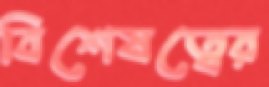
বিশেষত্বের